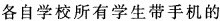
各自学校所有学生带手机的